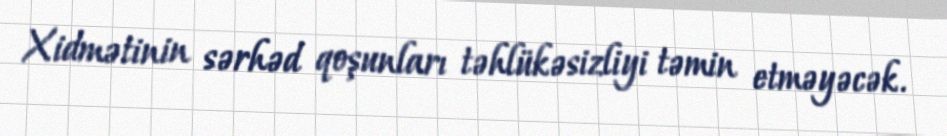
Xidmətinin sərhəd qoşunları təhlükəsizliyi təmin etməyəcək.